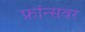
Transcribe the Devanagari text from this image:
फ्रांन्सवर